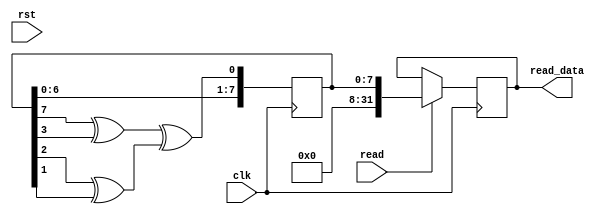
module lfsr(
 input  clk,
 input read,
 input rst,
 output reg [31:0] read_data
);
reg [7:0] out_data = 8'hff;
wire feedback = ((out_data[7] ^ out_data[3]) ^ (out_data[2] ^ out_data[1])) ;
always @(posedge clk)
       out_data<= {out_data[6:0], feedback} ;
always @(posedge clk)
       if(read) begin
			read_data<= {24'h0,out_data} ;
       end
endmodule